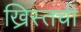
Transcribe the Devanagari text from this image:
ख्रिस्तची